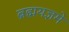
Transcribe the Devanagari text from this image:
ब्रह्मयज्ञमे